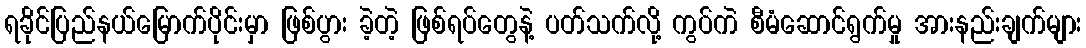
ရခိုင်ပြည်နယ်မြောက်ပိုင်းမှာ ဖြစ်ပွား ခဲ့တဲ့ ဖြစ်ရပ်တွေနဲ့ ပတ်သက်လို့ ကွပ်ကဲ စီမံဆောင်ရွက်မှု အားနည်းချက်များ